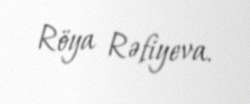
Röya Rəfiyeva.